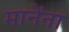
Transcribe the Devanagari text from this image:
मानेंना